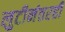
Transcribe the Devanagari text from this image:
लुटीनंतरही